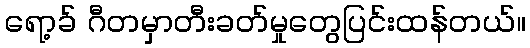
ရော့ခ် ဂီတမှာတီးခတ်မှုတွေပြင်းထန်တယ်။